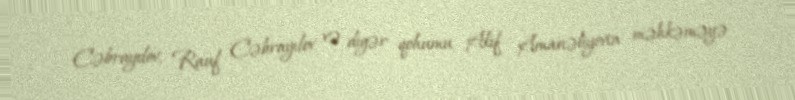
Cəbrayılov, Rauf Cəbrayılov və digər qohumu Akif Amanəliyevin məhkəməyə